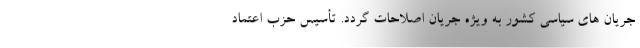
جریان های سیاسی کشور به ویژه جریان اصلاحات گردد. تأسیس حزب اعتماد